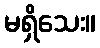
မရှိသေး။